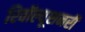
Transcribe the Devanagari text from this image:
रिवॉल्यूशनरी